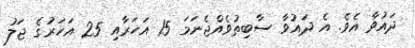
ދައުވާ އެވެ. އެ ދައުވާ ސާބިތުވެއްޖެނަމަ 15 އަހަރާއި 25 އަހަރުގެ ޖަލު